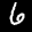
Label: 6